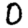
Digit: 0